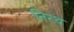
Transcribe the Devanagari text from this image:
निरथ